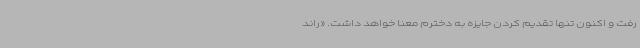
رفت و اکنون تنها تقدیم کردن جایزه به دخترم معنا خواهد داشت. «راند